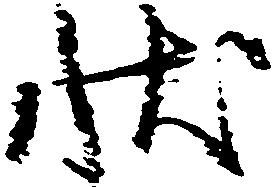
状